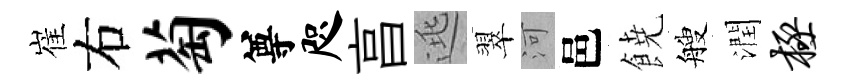
崔右萄尊咫亯逃翠河邑𩜙艘潤极